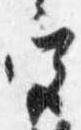
宮